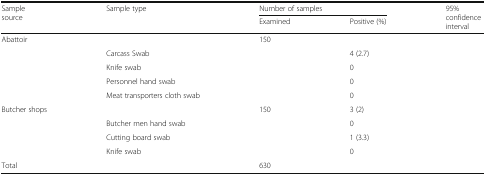
<table><thead><tr><td rowspan="2"><b>Sample source</b></td><td rowspan="2"><b>Sample type</b></td><td colspan="2"><b>Number of samples</b></td><td rowspan="2"><b>95% confidence interval</b></td></tr><tr><td><b>Examined</b></td><td><b>Positive (%)</b></td></tr></thead><tbody><tr><td rowspan="5">Abattoir</td><td>[EMPTY_CELL]</td><td>150</td><td>[EMPTY_CELL]</td><td>[EMPTY_CELL]</td></tr><tr><td>Carcass Swab</td><td>[EMPTY_CELL]</td><td>4 (2.7)</td><td>[EMPTY_CELL]</td></tr><tr><td>Knife swab</td><td>[EMPTY_CELL]</td><td>0</td><td>[EMPTY_CELL]</td></tr><tr><td>Personnel hand swab</td><td>[EMPTY_CELL]</td><td>0</td><td>[EMPTY_CELL]</td></tr><tr><td>Meat transporters cloth swab</td><td>[EMPTY_CELL]</td><td>0</td><td>[EMPTY_CELL]</td></tr><tr><td rowspan="4">Butcher shops</td><td>[EMPTY_CELL]</td><td>150</td><td>3 (2)</td><td>[EMPTY_CELL]</td></tr><tr><td>Butcher men hand swab</td><td>[EMPTY_CELL]</td><td>0</td><td>[EMPTY_CELL]</td></tr><tr><td>Cutting board swab</td><td>[EMPTY_CELL]</td><td>1 (3.3)</td><td>[EMPTY_CELL]</td></tr><tr><td>Knife swab</td><td>[EMPTY_CELL]</td><td>0</td><td>[EMPTY_CELL]</td></tr><tr><td>Total</td><td>[EMPTY_CELL]</td><td>630</td><td>[EMPTY_CELL]</td><td>[EMPTY_CELL]</td></tr></tbody></table>